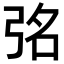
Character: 𭚮